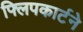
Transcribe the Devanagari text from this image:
फ्लिपकार्टने